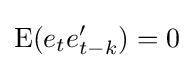
\mathrm {E} (e_{t}e_{t-k}')=0